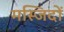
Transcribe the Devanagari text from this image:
मस्‍जिदों